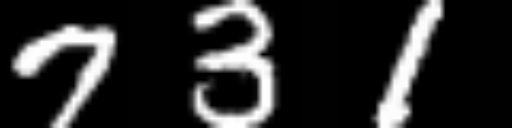
Text: 731